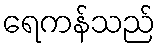
ရေကန်သည်